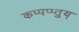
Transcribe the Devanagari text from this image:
कप्पप्प्तुय्